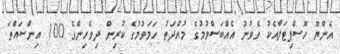
އެންޔޫ ހޮސްޕިޓަލާއެކު ވެވުނު އެއްބަސްވުމުގެ މުއްދަތު ހަމަވުމުގެ ކުރިން ދިވެހިންގެ 100 އިންސައްތަ